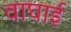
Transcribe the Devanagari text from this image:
वाघाई